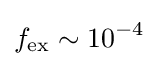
f_{\rm {ex}}\sim 10^{-4}